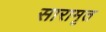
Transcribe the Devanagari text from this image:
सारामृत